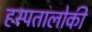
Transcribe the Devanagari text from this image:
हस्पतालोकी